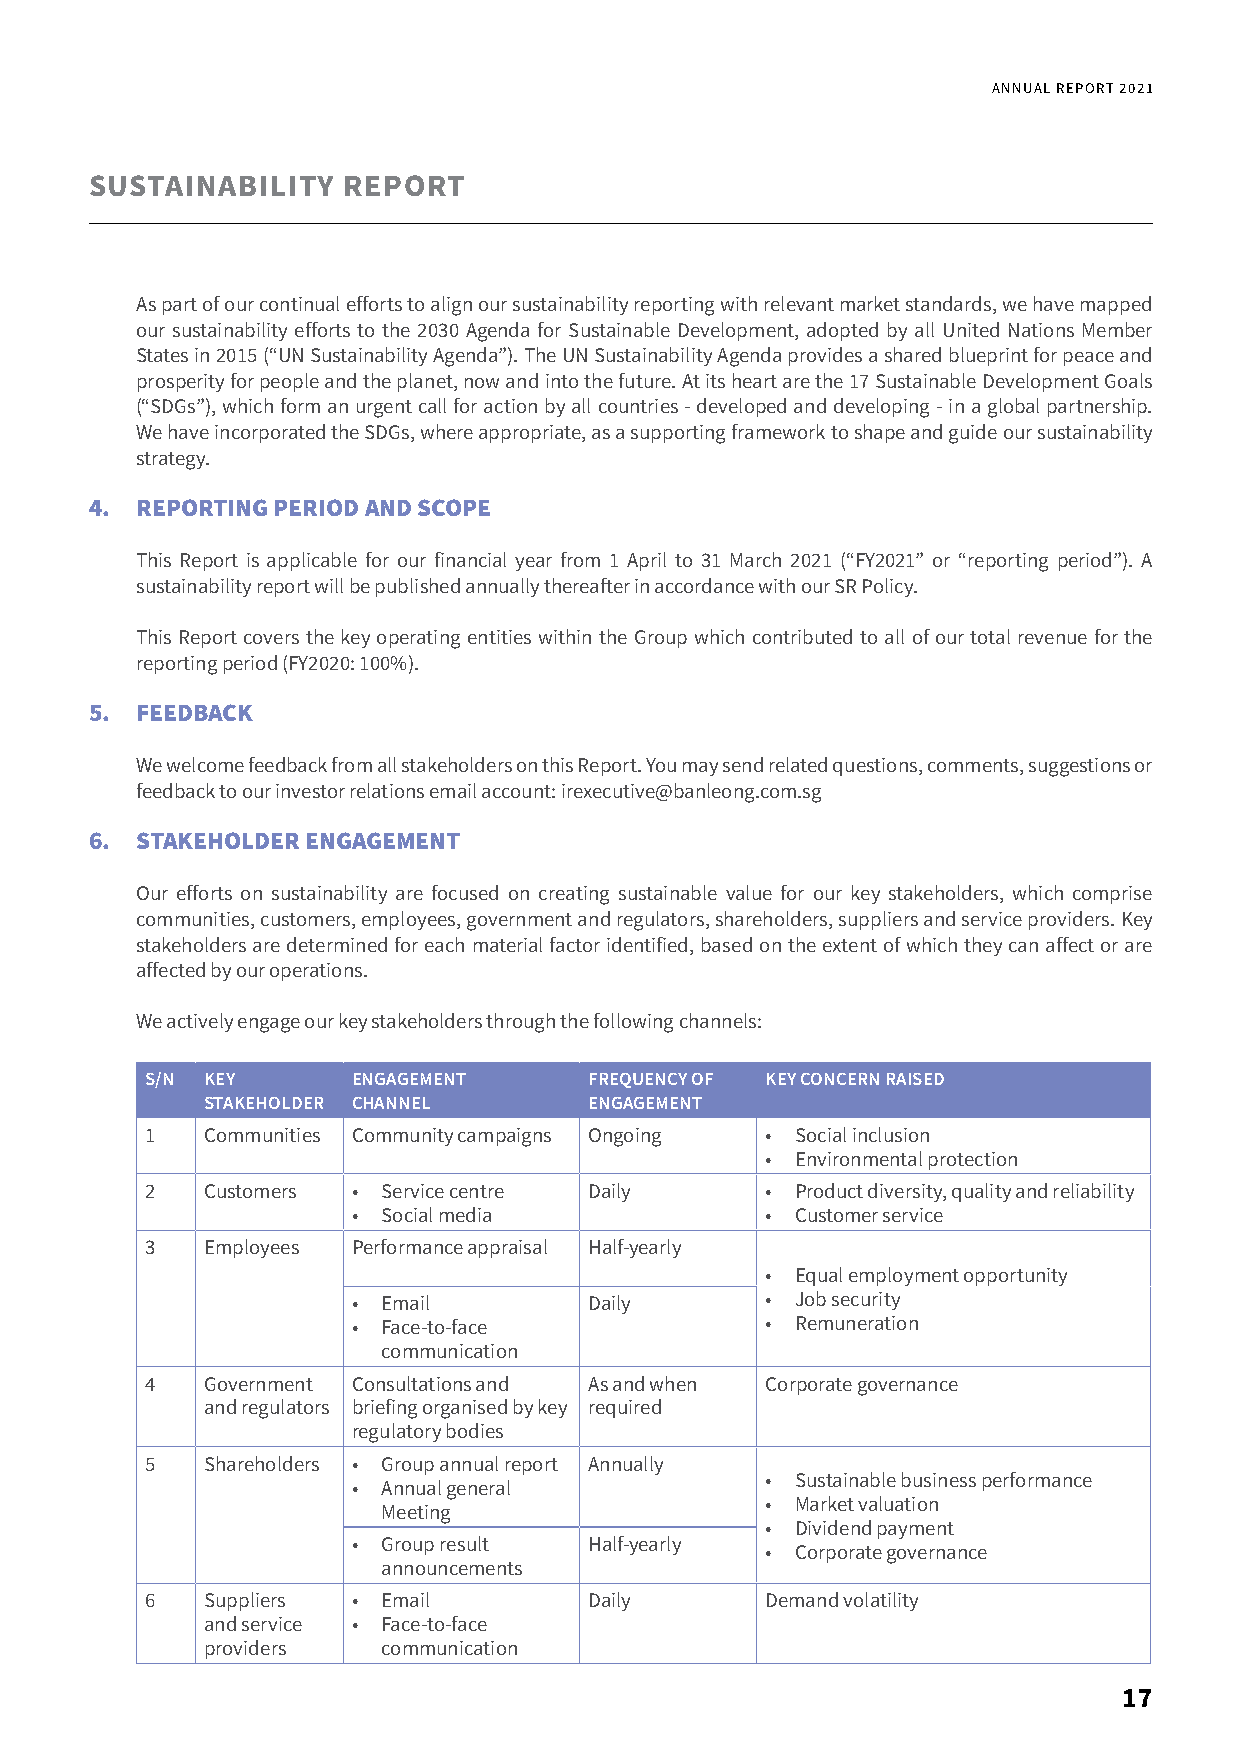
ANNUAL REPORT 2021
 SUSTAINABILITY   REPORT
 As part of our continual efforts to align our sustainability reporting with relevant market standards, we have mapped
 our sustainability efforts to the 2030 Agenda for Sustainable Development, adopted by all United Nations Member
 States in 2015 (“UN Sustainability Agenda”). The UN Sustainability Agenda provides a shared blueprint for peace and
 prosperity for people and the planet, now and into the future. At its heart are the 17 Sustainable Development Goals
 (“SDGs”), which form an urgent call for action by all countries - developed and developing - in a global partnership.
 We have incorporated the SDGs, where appropriate, as a supporting framework to shape and guide our sustainability
 strategy.
 4. REPORTING PERIOD AND SCOPE
 This Report is applicable for our financial year from 1 April to 31 March 2021 (“FY2021” or “reporting period”). A
 sustainability report will be published annually thereafter in accordance with our SR Policy.
 This Report covers the key operating entities within the Group which contributed to all of our total revenue for the
 reporting period (FY2020: 100%).
 5. FEEDBACK
 We welcome feedback from all stakeholders on this Report. You may send related questions, comments, suggestions or
 feedback to our investor relations email account: irexecutive@banleong.com.sg
 6. STAKEHOLDER ENGAGEMENT
 Our efforts on sustainability are focused on creating sustainable value for our key stakeholders, which comprise
 communities, customers, employees, government and regulators, shareholders, suppliers and service providers. Key
 stakeholders are determined for each material factor identified, based on the extent of which they can affect or are
 affected by our operations.
 We actively engage our key stakeholders through the following channels:
 S/N KEY      ENGAGEMENT      FREQUENCY OF KEY CONCERN RAISED
 STAKEHOLDER CHANNEL       ENGAGEMENT
 1  Communities Community campaigns Ongoing • Social inclusion
 • Environmental protection
 2  Customers • Service centre Daily      • Product diversity, quality and reliability
 • Social media              • Customer service
 3  Employees Performance appraisal Half-yearly
 • Equal employment opportunity
 • Email         Daily       • Job security
 • Face-to-face              • Remuneration
 communication
 4  Government Consultations and As and when Corporate governance
 and regulators briefing organised by key required
 regulatory bodies
 5  Shareholders • Group annual report Annually
 • Sustainable business performance
 • Annual general
 • Market valuation
 Meeting
 • Dividend payment
 • Group result  Half-yearly
 • Corporate governance
 announcements
 6  Suppliers • Email         Daily       Demand volatility
 and service • Face-to-face
 providers   communication
 17